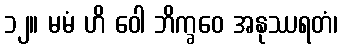
၁၂။ မမံ ဟိ ဝေါ ဘိက္ခဝေ အနုဿရတံ၊